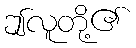
ဤလူတို့၏